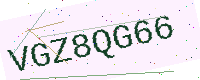
Text: VGZ8QG66